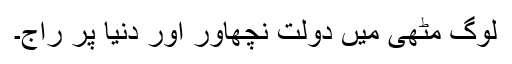
لوگ مٹھی میں دولت نچھاور اور دنیا پر راج۔